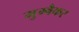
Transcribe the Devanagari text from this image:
मुम्बैकर